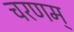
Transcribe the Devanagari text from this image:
चरणम्‌